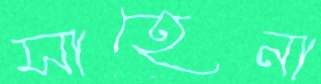
সাহেনা